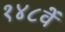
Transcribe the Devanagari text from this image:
१४८वें